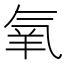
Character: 氧